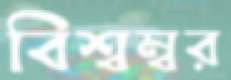
বিশ্বম্বর